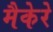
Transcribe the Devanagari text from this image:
मैकेरे